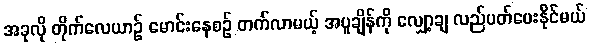
အခုလို တိုက်လေယာဉ် မောင်းနေစဉ် တက်လာမယ့် အပူချိန်ကို လျှော့ချ လည်ပတ်ပေးနိုင်မယ်